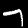
Digit: 7